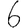
Digit: 6